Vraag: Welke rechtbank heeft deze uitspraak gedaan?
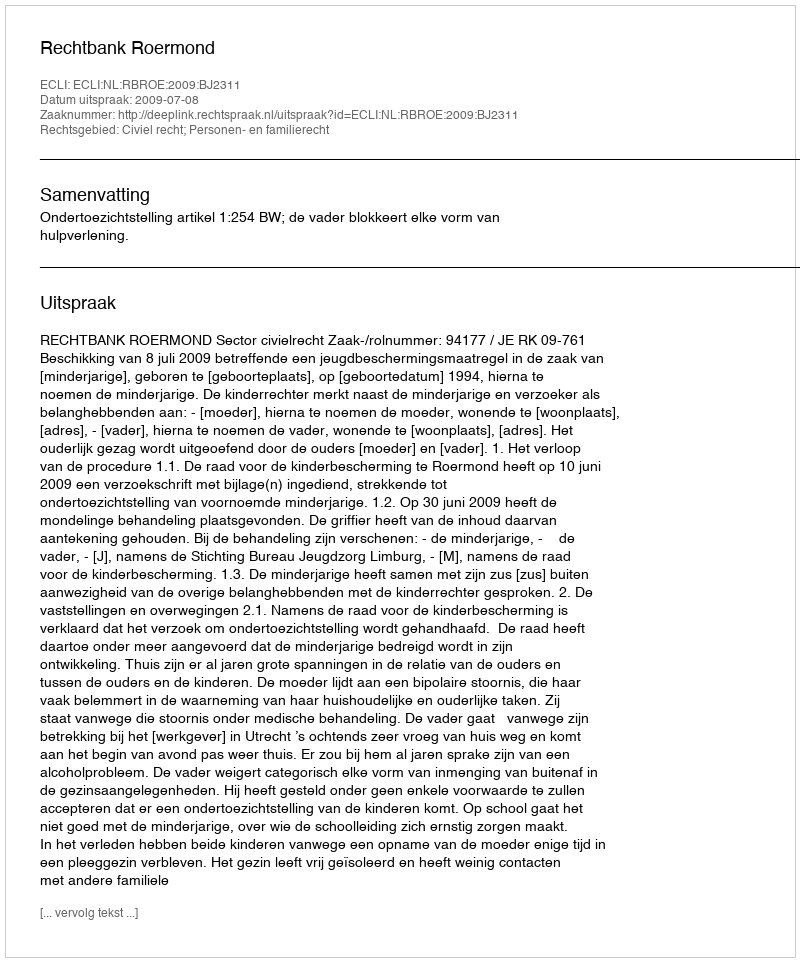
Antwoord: Rechtbank Roermond